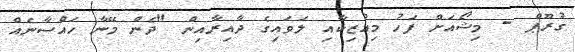
ގުރޫޕް - މިޝޯއަށް ފަހު މިއުޒިކާއި ލަވައިގެ ދާއިރާއިން "ދެން މޭނާ ހައްސާނެއް